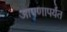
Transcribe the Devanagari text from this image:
आपणापर्यंत